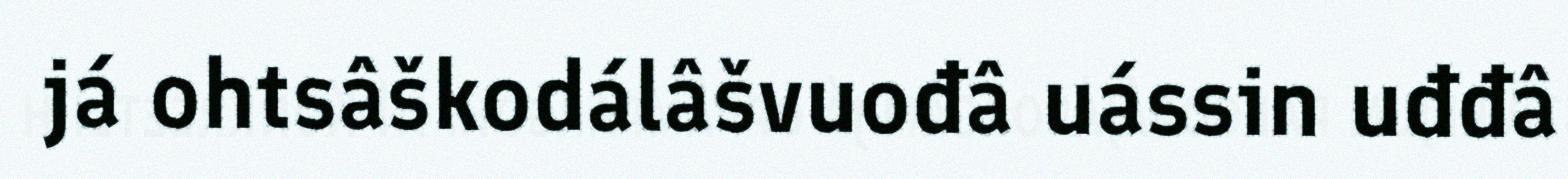
já ohtsâškodálâšvuođâ uássin uđđâ